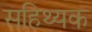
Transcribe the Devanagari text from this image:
सहिथ्यक